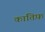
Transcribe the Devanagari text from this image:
कातिफ़